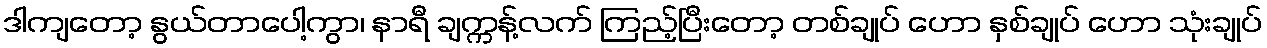
ဒါကျတော့ နွယ်တာပေါ့ကွာ၊ နာရီ ချက္ကန့်လက် ကြည့်ပြီးတော့ တစ်ချုပ် ဟော နှစ်ချုပ် ဟော သုံးချုပ်